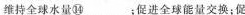
维持全球水量⑭___；促进全球能量交换；促